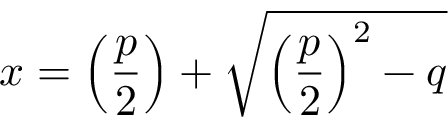
x = \left( { \frac { p } { 2 } } \right) + { \sqrt { \left( { \frac { p } { 2 } } \right) ^ { 2 } - q } }